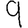
Digit: 9